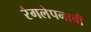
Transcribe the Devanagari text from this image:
रंगलेपनाची